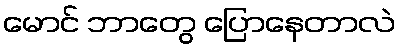
မောင် ဘာတွေ ပြောနေတာလဲ